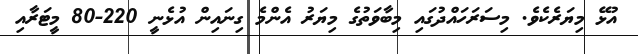
އުޅޭ މިޔަރެކެވެ. މިސަރަހައްދުގައި މިބާވަތުގެ މިޔަރު އެންމެ ގިނައިން އުޅެނީ 220-80 މީޓަރާއި